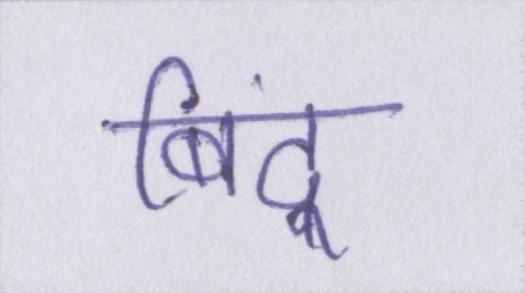
बिंदू